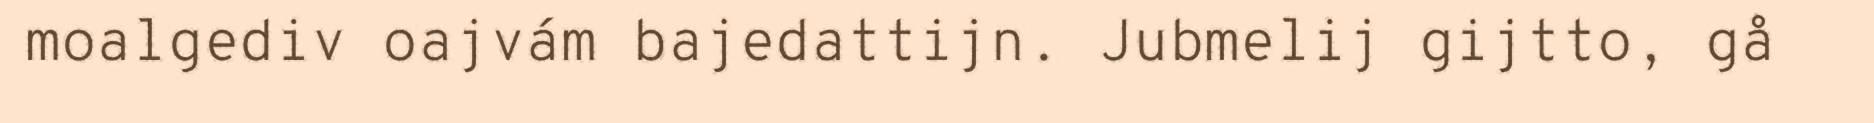
moalgediv oajvám bajedattijn. Jubmelij gijtto, gå